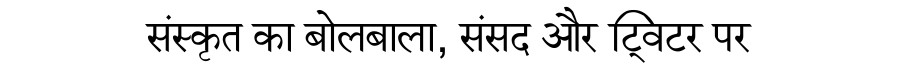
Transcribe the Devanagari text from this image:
संस्कृत का बोलबाला, संसद और ट्विटर पर